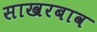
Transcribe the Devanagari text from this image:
साखरबाव